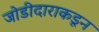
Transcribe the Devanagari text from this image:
जोडीदाराकडून